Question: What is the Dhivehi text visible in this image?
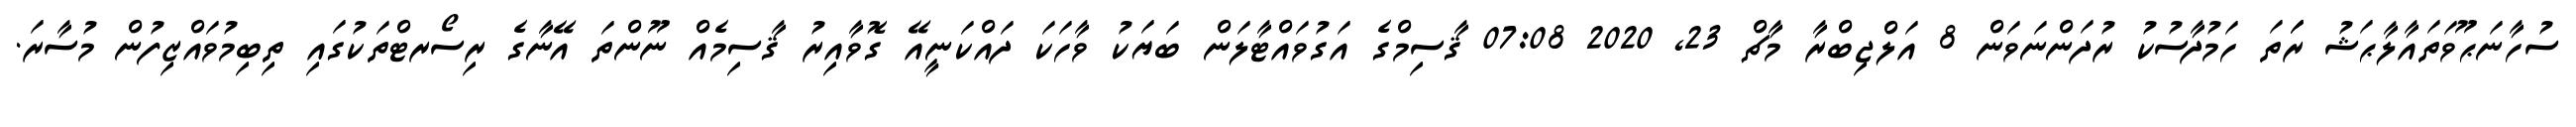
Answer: ސުހާނަޙޫވަތައާލާޙަޝު ރަަތަ ހަމުދާސުކު ރުދަންނަވަން 8 އަލްޖިބްރާ މާޗް 23, 2020 07:08 ޤާސިމްގެ އަގުވައްޓާލަން ބަޔަކު ވާހަކަ ދައްކަނީއޭ ގޮވާއިރު ޤާސިމެއް ނޫންތަ އޭނާގެ ރިސޯރޓްތަކުގައި ތިބިމުވައްޒިފުން މުސާރަ.